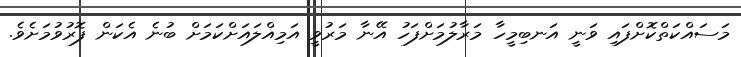
މަސައްކަތްކޮށްފައި ވަނީ އަނބިމީހާ މަރާލުމަށްފަހު އޭނާ މަރުވީ އަމިއްލައަށްކަމަށް ބުނެ އެކަން ފޮރުވުމަށެވެ.